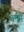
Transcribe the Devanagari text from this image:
उच्हे